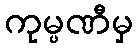
ကုမ္ပဏီမှ